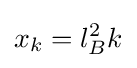
x_{k}=l_{B}^{2}k